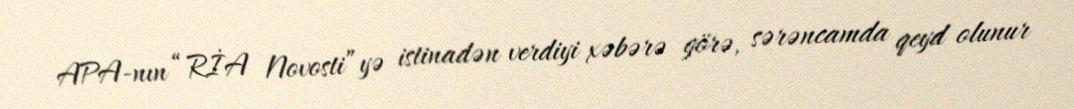
APA-nın “RİA Novosti”yə istinadən verdiyi xəbərə görə, sərəncamda qeyd olunur